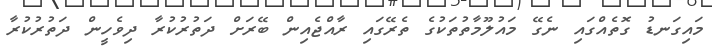
މައިގަނޑު ގޮތެއްގައި ނެގޭ މައުލޫމާތުތަކުގެ ތެރޭގައި ރާއްޖެއިން ބޭރަށް ދަތުރުކުރާ ދިވެހީން ދަތުރުކުރާ